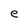
Character: e